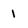
Character: 1